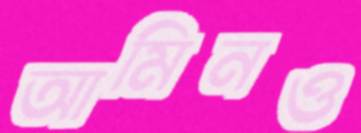
আমিনও